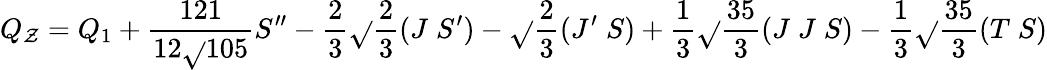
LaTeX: Q_{\mathcal{Z}}=Q_{1}+\frac{{121}}{{12\sqrt{}{{105}}}}S^{\prime\prime}-\frac{{2}}{{3}}\sqrt{}{{\frac{{2}}{{3}}}}(J\; S^{\prime})-\sqrt{}{{\frac{{2}}{{3}}}}(J^{\prime}\; S)+\frac{{1}}{{3}}\sqrt{}{{\frac{{35}}{{3}}}}(J\; J\; S)-\frac{{1}}{{3}}\sqrt{}{{\frac{{35}}{{3}}}}(T\; S)